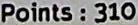
POINTS : 310